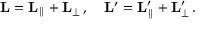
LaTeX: \mathbf { L } = \mathbf { L } _ { \parallel } + \mathbf { L } _ { \perp } \, , \quad \mathbf { L } ^ { \prime } = \mathbf { L } _ { \parallel } ^ { \prime } + \mathbf { L } _ { \perp } ^ { \prime } \, .